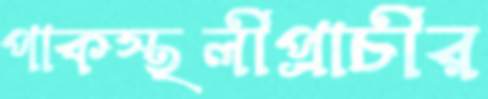
পাকস্থলীপ্রাচীর